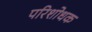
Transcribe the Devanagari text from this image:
परिशोधक